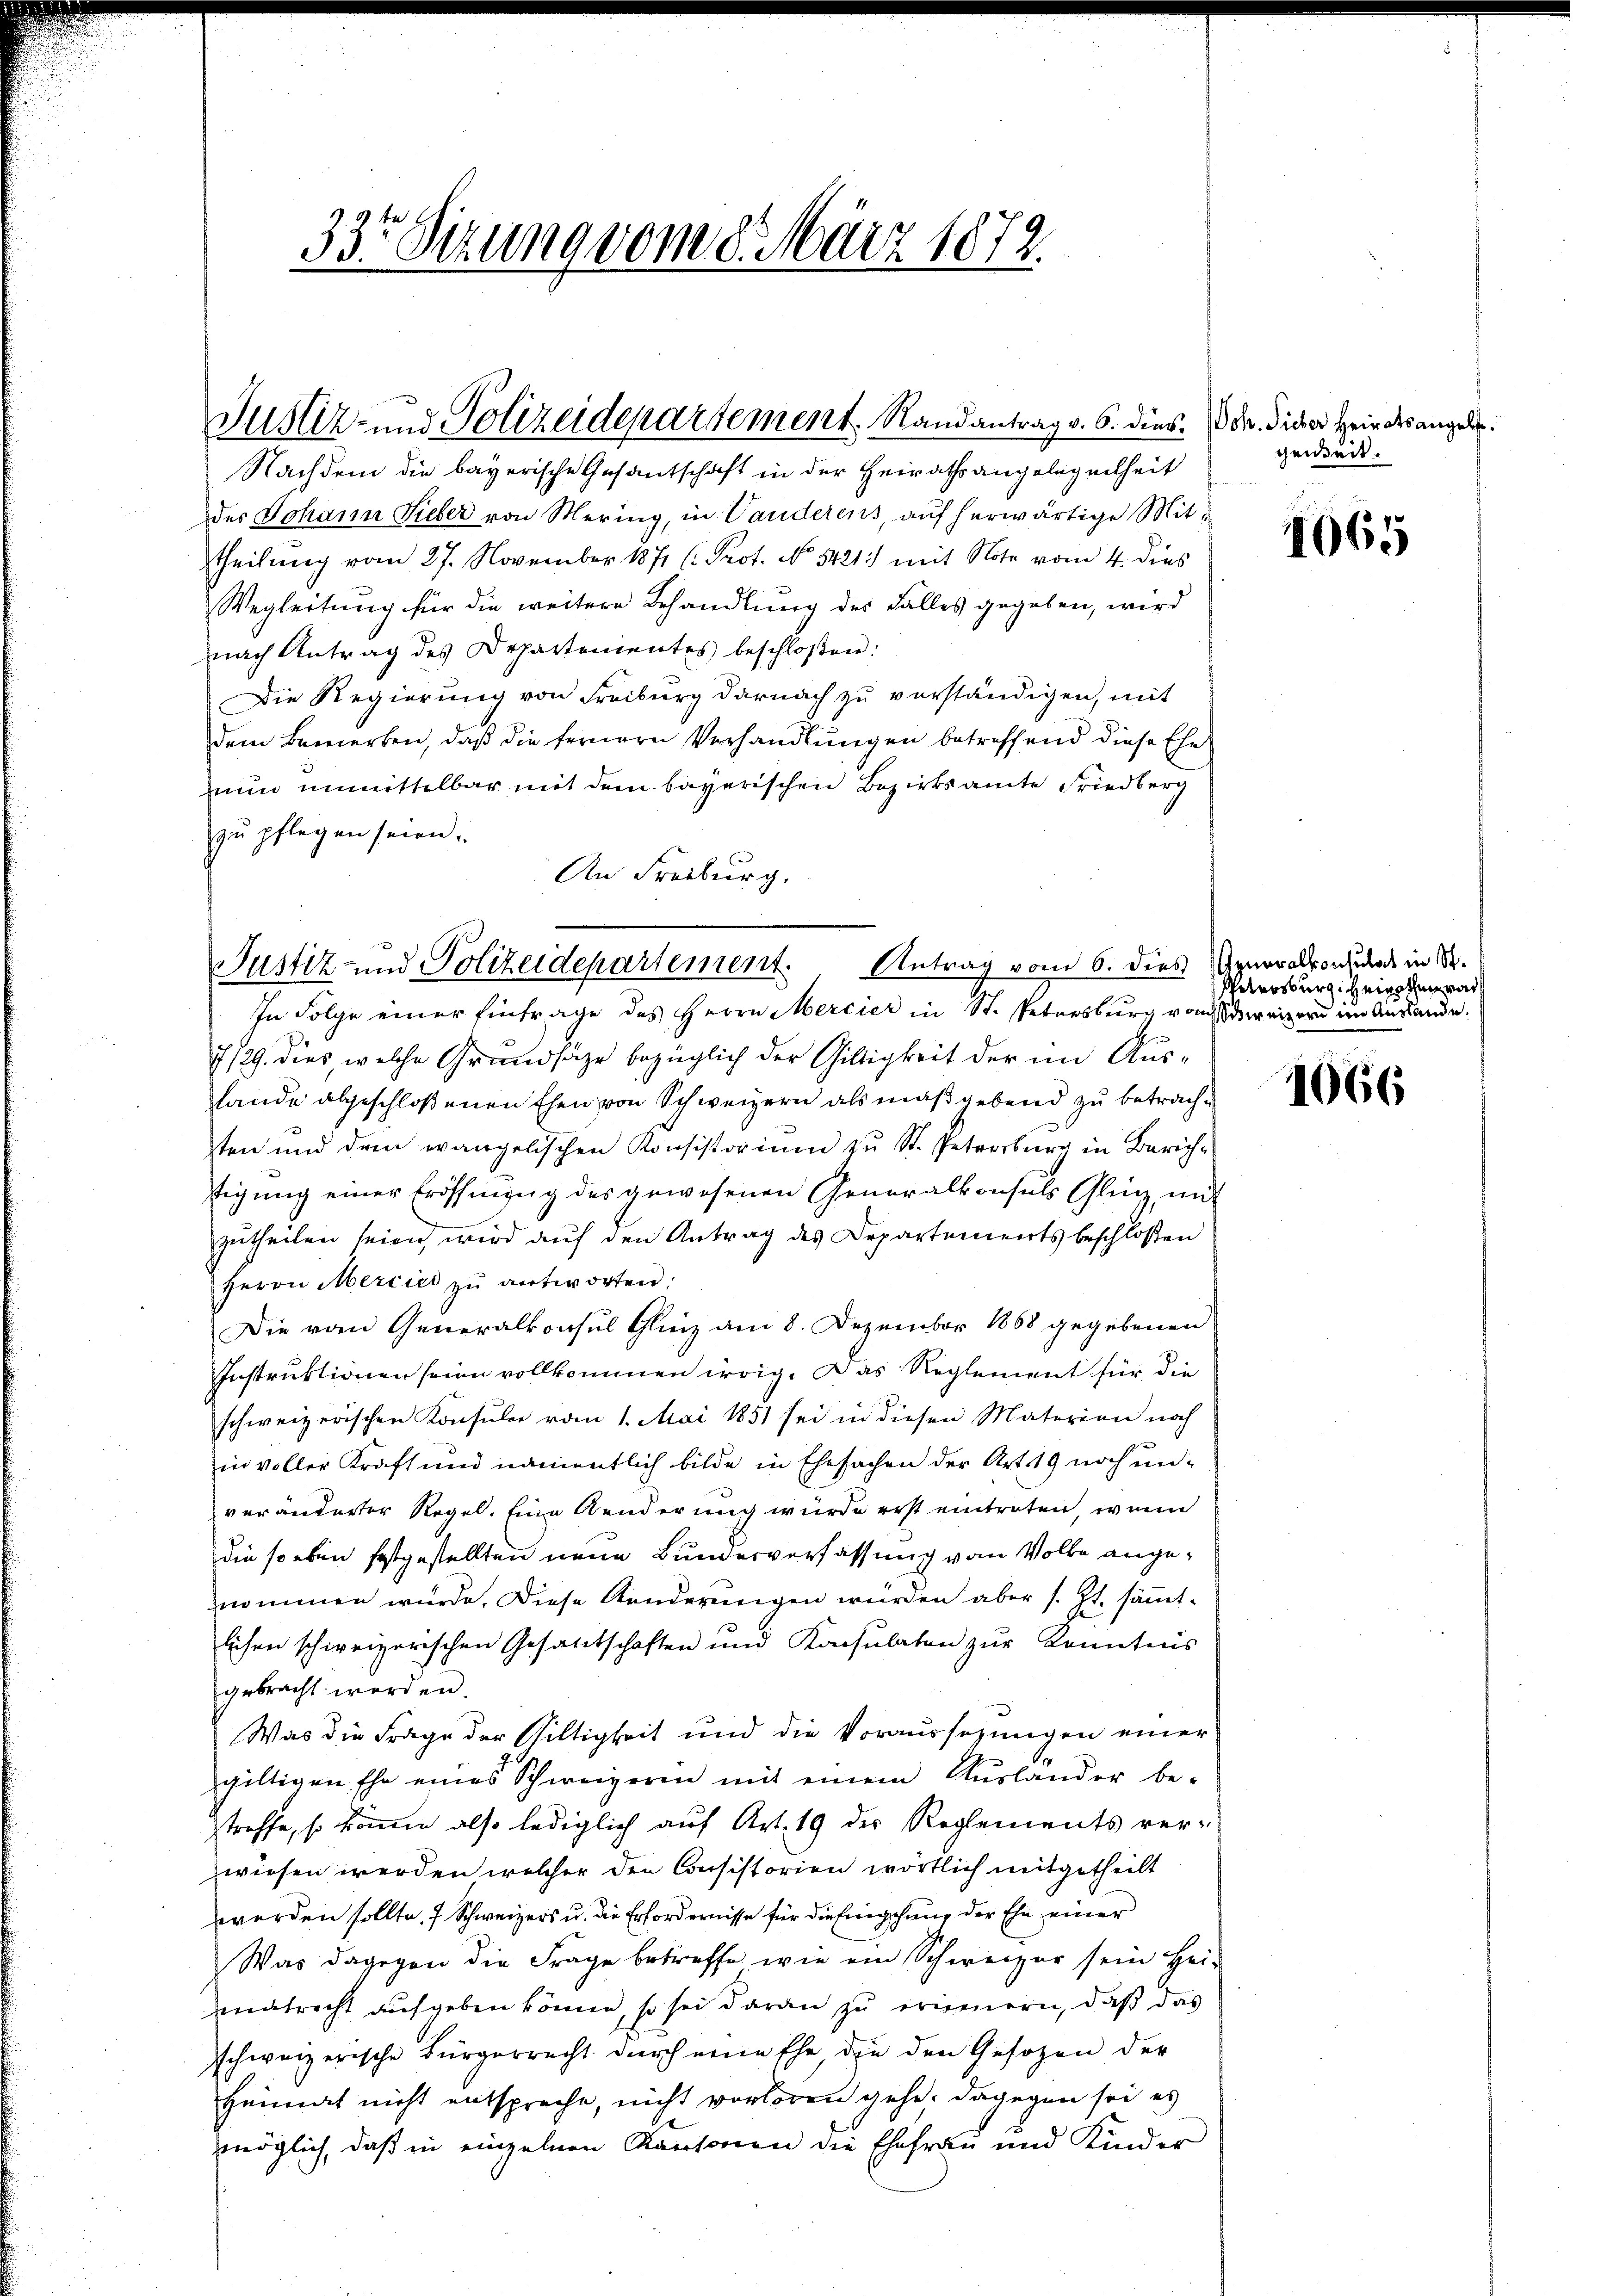
Justiz- und Polizeidepartement. Randantrag v. 6. dies. Dr. dieser sein des angele¬

33r Sitzung vom 8. März 1872.

Nachdem die bayerische Gesandtschaft in der Heirathsangelegenheit
des Johann Lieber von Mering, in Vanderens, auf herwärtige Mittheilung vom 27. November 1871 ( Prot. No 5421. mit Note vom 4. dies
Wegleitung für die weitere Behandlung des Falles gegeben, wird
nach Antrag des Departenientes beschloßen:
Die Regierung von Freiburg darnach zu verständigen, mit
dem Bemerken, daß die fernern Verhandlungen betreffend diese Ehenun unmittelbar mit dem bayerischen Bezirksamte Friedberg
zŭ pflegen seien.
An Freiburg.
7/29. dies, welche Grundsätze bezüglich der Giltigkeit der im Aus¬
Lande abgeschloßenen Ehen von Schweizern als maßgebend zu betrachten und dem wangelischen Konsistorium zu St. Petersburg in Zürichtigŭng einer Eröffnung des gewesenen Generalkonsuls Glig, mit
zutheilen seien wird auf den Antrag des Departements beschloßen
Herrn Mercies zŭ antworten:
Die vom Generalkonsul Glinz am 8. Dezember 1868 gegebenen
Instruktionen seine vollkommen irrig. Das Reglement für die
schweizerischen Konsuler vom 1. Mai 1851 sei in diesen Materien noch
in voller Kraft und namentlich bilde in Ehesachen der Art. 19 noch unveränderter Regel. Eine Aenderung würde erst eintreten, wenn
die so eben festgestellten neue Bundesverfassung vom Volke angeznommen würde. Diese Kinderungen würden aber s. Zt. sämmtlichen schweizerischen Gesandtschaften und Konsulaten zŭr Konntens
gebracht werden.
Was die Frage der Viltigkeit und die Voraussezungen einer
gültigen Ehe eines Schweizeren mit einem Aŭslander be-
streffe, so könen also lediglich auf Art. 19 der Reglements ver-
wiesen werden welcher den Consistorien wörtlich mitgetheilt
werden sollte, 7 Schweizers u. die Erfordernisse für die Eingehung der Ehe einer
Was dagegen die Frage betreffe, wie ein Schweizer sein Hei-
mnatrecht aufgeben könne, so sei daran zu erinnern, daß das
sschweizerische Bürgerrecht durch eine Ehe, die den Gesetzen der
Heimat nicht entspreche, nicht verloren gehe, dagegen sei es
möglich, daß in einzelnen Kantonen die Ehefrau und Kinder

Justiz- und Polizeidepartement. Antrag vom 6. dies Generalkonsuls in S
In Folge einer Einfrage des Herrn Mercier in St. Petersburg von Schweizern im Auslande.

gereit.

1665

Petersburg zeigt war

1066